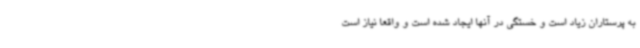
به پرستاران زیاد است و خستگی در آنها ایجاد شده است و واقعا نیاز است